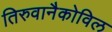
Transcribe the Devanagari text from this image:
तिरुवानैकोविल